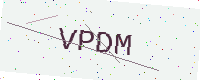
Text: VPDM